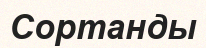
Сортанды